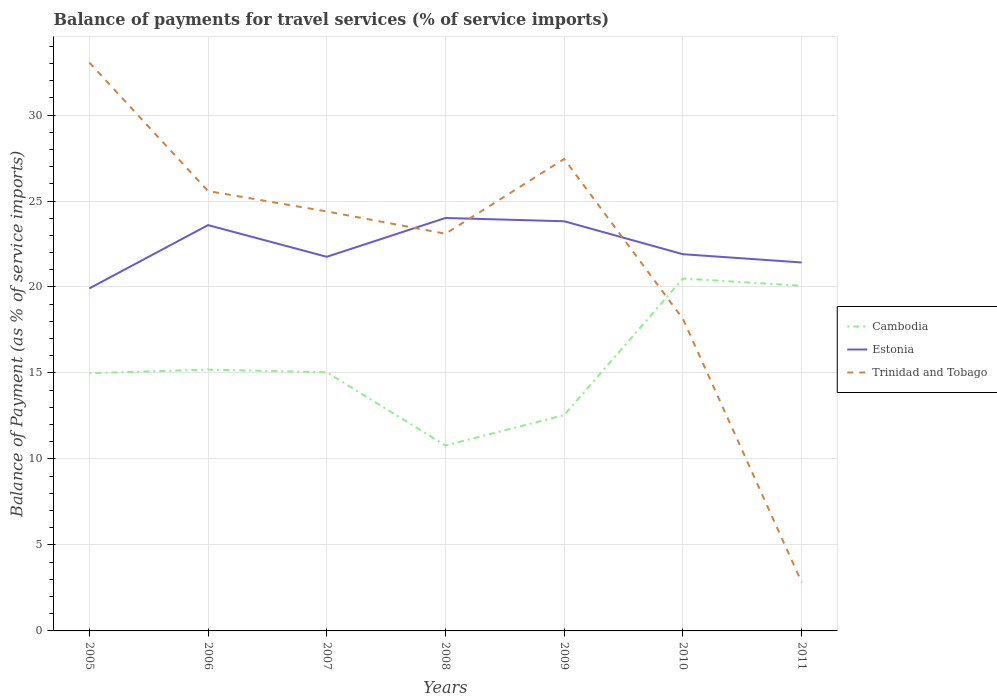
| Years | Cambodia | Estonia | Trinidad and Tobago |
 | --- | --- | --- | --- |
 | 2005 | 15 | 19.9 | 33.1 |
 | 2006 | 15.2 | 23.6 | 25.6 |
 | 2007 | 15 | 21.8 | 24.4 |
 | 2008 | 10.8 | 24 | 23.1 |
 | 2009 | 12.6 | 23.8 | 27.4 |
 | 2010 | 20.5 | 21.9 | 18.1 |
 | 2011 | 20.1 | 21.4 | 2.83 |